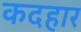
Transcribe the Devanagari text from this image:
कदहार